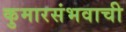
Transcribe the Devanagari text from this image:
कुमारसंभवाची